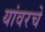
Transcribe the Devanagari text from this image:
यांवरचे